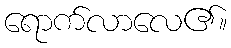
ရောက်လာလေ၏။